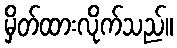
မှိတ်ထားလိုက်သည်။